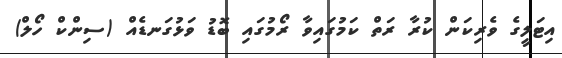
އިޓަލީގެ ވެރިކަން ކުރާ ރަތް ކަމުގައިވާ ރޯމުގައި ބޮޑު ވަޅުގަނޑެއް (ސިންކް ހޯލް)